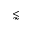
\lnsim